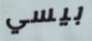
بيسي